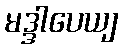
မဒ္ဒါပေယျ